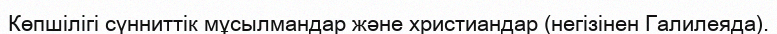
Көпшілігі сүнниттік мұсылмандар және христиандар (негізінен Галилеяда).